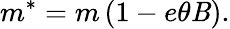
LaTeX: m^{*}=m\left(1-e\theta\mathit{B}\right).